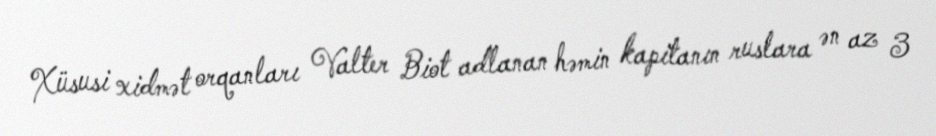
Xüsusi xidmət orqanları Valter Biot adlanan həmin kapitanın ruslara ən az 3